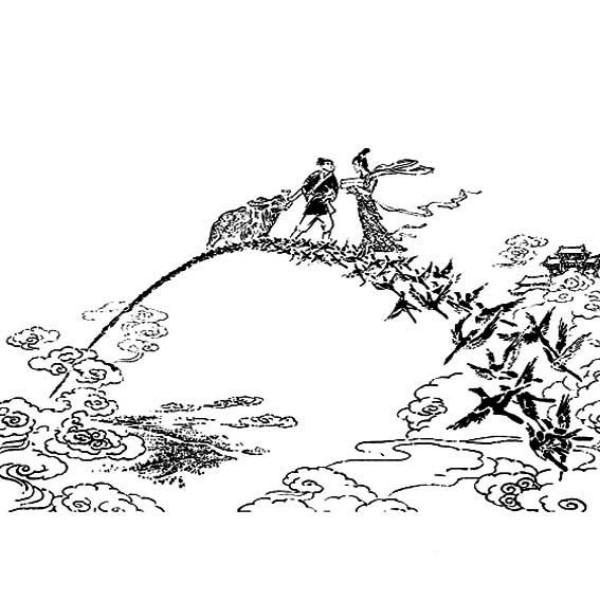
卧看牵牛织女星，月转过梧桐树影。